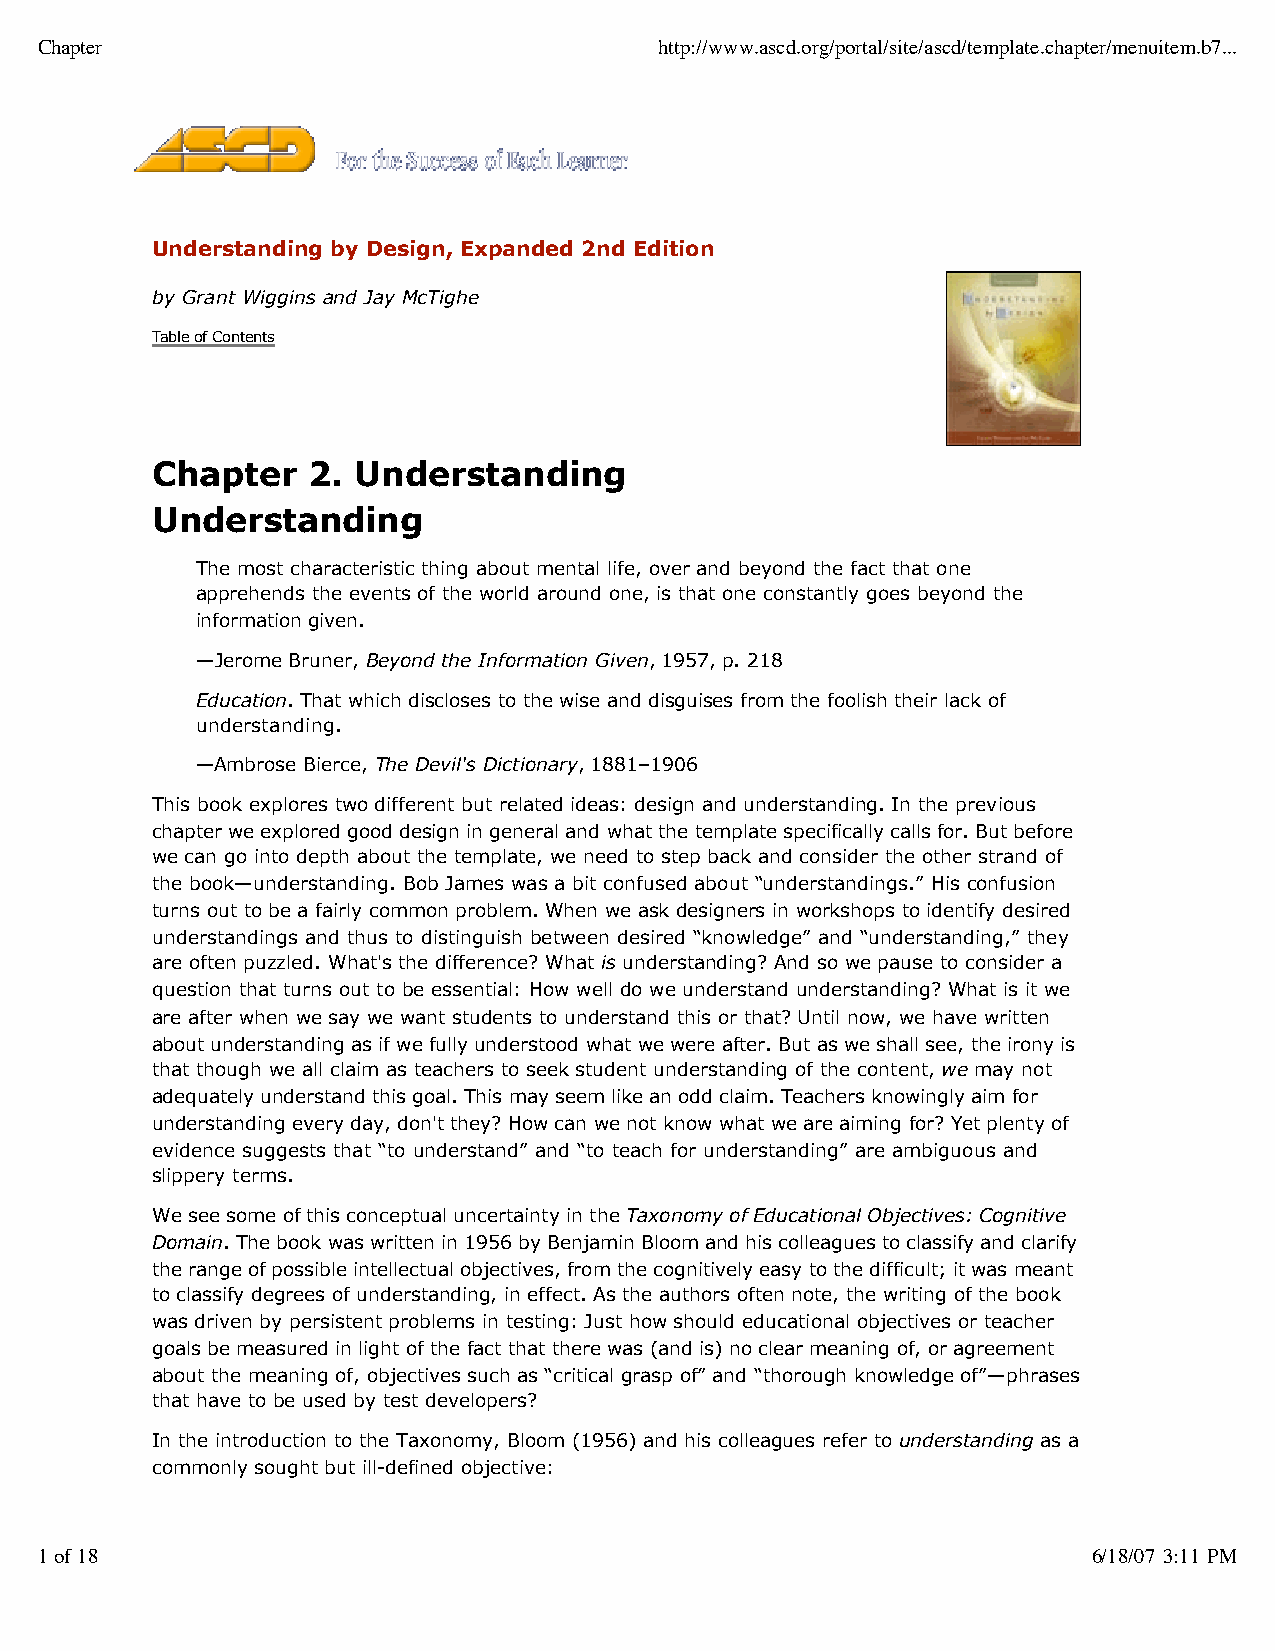
Chapter                                   http://www.ascd.org/portal/site/ascd/template.chapter/menuitem.b7...
 Understanding by Design, Expanded 2nd Edition
 by Grant Wiggins and Jay McTighe
 Table of Contents
 Chapter   2. Understanding
 Understanding
 The most characteristic thing about mental life, over and beyond the fact that one
 apprehends the events of the world around one, is that one constantly goes beyond the
 information given.
 —Jerome Bruner, Beyond the Information Given, 1957, p. 218
 Education. That which discloses to the wise and disguises from the foolish their lack of
 understanding.
 —Ambrose Bierce, The Devil's Dictionary, 1881–1906
 This book explores two different but related ideas: design and understanding. In the previous
 chapter we explored good design in general and what the template specifically calls for. But before
 we can go into depth about the template, we need to step back and consider the other strand of
 the book—understanding. Bob James was a bit confused about “understandings.” His confusion
 turns out to be a fairly common problem. When we ask designers in workshops to identify desired
 understandings and thus to distinguish between desired “knowledge” and “understanding,” they
 are often puzzled. What's the difference? What is understanding? And so we pause to consider a
 question that turns out to be essential: How well do we understand understanding? What is it we
 are after when we say we want students to understand this or that? Until now, we have written
 about understanding as if we fully understood what we were after. But as we shall see, the irony is
 that though we all claim as teachers to seek student understanding of the content, we may not
 adequately understand this goal. This may seem like an odd claim. Teachers knowingly aim for
 understanding every day, don't they? How can we not know what we are aiming for? Yet plenty of
 evidence suggests that “to understand” and “to teach for understanding” are ambiguous and
 slippery terms.
 We see some of this conceptual uncertainty in the Taxonomy of Educational Objectives: Cognitive
 Domain. The book was written in 1956 by Benjamin Bloom and his colleagues to classify and clarify
 the range of possible intellectual objectives, from the cognitively easy to the difficult; it was meant
 to classify degrees of understanding, in effect. As the authors often note, the writing of the book
 was driven by persistent problems in testing: Just how should educational objectives or teacher
 goals be measured in light of the fact that there was (and is) no clear meaning of, or agreement
 about the meaning of, objectives such as “critical grasp of” and “thorough knowledge of”—phrases
 that have to be used by test developers?
 In the introduction to the Taxonomy, Bloom (1956) and his colleagues refer to understanding as a
 commonly sought but ill-defined objective:
 1 of 18                                                               6/18/07 3:11 PM